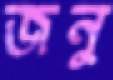
জনু